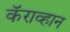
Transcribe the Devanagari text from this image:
कॅराव्हान